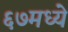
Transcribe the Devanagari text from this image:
६७मध्ये